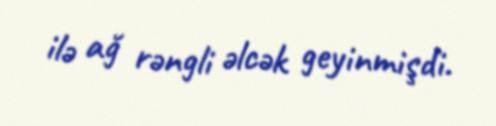
ilə ağ rəngli əlcək geyinmişdi.